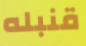
قنبله